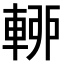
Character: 𨌡